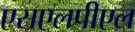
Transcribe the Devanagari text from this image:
एसएलपीएल